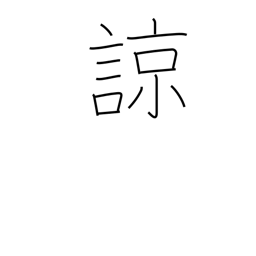
Meaning: understand